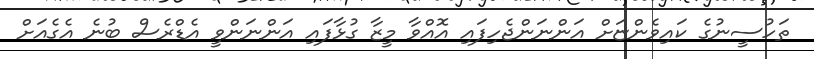
ތަހުސީނުގެ ކައިވެންޏަށް އަންނަންޖެހިފައި އޮއްވާ މީޒާ ގުޅާފައި އަންނަންވީ އެޑްރެސް ބުނެ އެގެއަށް